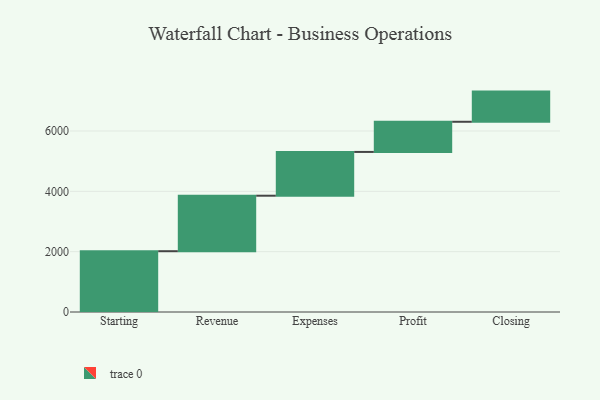
{"axis": {"x": "Step", "y": "Value"}, "legend": [""], "data": [{"x": "Starting", "y": 2015.0, "type": ""}, {"x": "Revenue", "y": 1840.0, "type": ""}, {"x": "Expenses", "y": 1451.0, "type": ""}, {"x": "Profit", "y": 1000, "type": ""}, {"x": "Closing", "y": 1000, "type": ""}]}